Indian journal of veterinary science and animal husbandry - Volumes 15-17, 1948-1951
Year: 1948
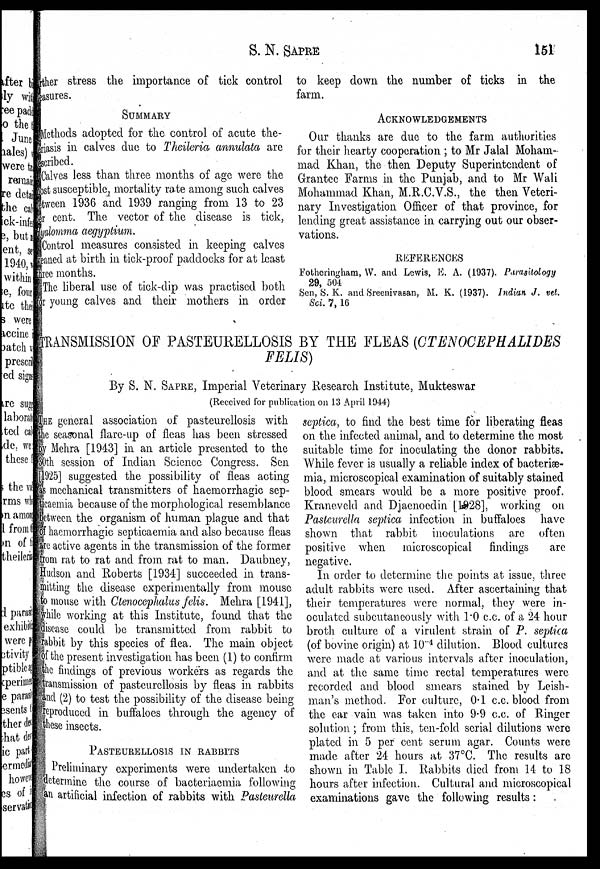
S. N.
SAPRE
l5l
Further stress the importance of tick control
measures.
SUMMARY
Methods adopted for the control of acute the-
eriasis in calves due to Theileria annulata are
described.
Calves less than three months of age were the
most susceptible, mortality rate among such calves
between 1936 and 1939 ranging from 13 to 23
per cent. The vector of the disease is tick,
Hyalomma aegyptium.
Control measures consisted in keeping calves
weaned at birth in tick-proof paddocks for at least
three months.
The liberal use of tick-dip was practised both
for young calves and their mothers in order
to keep down the number of ticks in the
farm.
ACKNOWLEDGEMENTS
Our thanks are due to the farm authorities
for their hearty cooperation; to Mr Jalal Moham-
mad Khan, the then Deputy Superintendent of
Grantee Farms in the Punjab, and to Mr Wali
Mohammad Khan, M.R.C.V.S., the then Veteri-
nary Investigation Officer of that province, for
lending great assistance in carrying out our obser-
vations.
REFERENCES
Fotheringham, W. and Lewis, E. A. (1937). Parasitology
29, 504
Sen, S. K. and Sreenivasan, M. K. (1937). Indian J. vet.
Sci. 7, 16
TRANSMISSION OF PASTEURELLOSIS BY THE FLEAS (CTENOCEPHALIDES
FELIS)
By S. N. SAPRE, Imperial Veterinary Research Institute, Mukteswar
(Received for publication on 13 April 1944)
THE general association of pasteurellosis with
the seasonal flare-up of fleas has been stressed
by Mehra [1943] in an article presented to the
30th session of Indian Science Congress. Sen
[1925] suggested the possibility of fleas acting
as mechanical transmitters of haemorrhagic sep-
ticaemia because of the morphological resemblance
between the organism of human plague and that
of haemorrhagic septicaemia and also because fleas
are active agents in the transmission of the former
from rat to rat and from rat to man. Daubney,
Hudson and Roberts [1934] succeeded in trans-
-itting the disease experimentally from mouse
to mouse with Ctenocephalus felis. Mehra [1941],
while working at this Institute, found that the
disease could be transmitted from rabbit to
rabbit by this species of flea. The main object
of the present investigation has been (1) to confirm
the findings of previous workers as regards the
transmission of pasteurellosis by fleas in rabbits
and (2) to test the possibility of the disease being
reproduced in buffaloes through the agency of
these insects.
PASTEURELLOSIS IN RABBITS
Preliminary experiments were undertaken to
determine the course of bacteriaemia following
an artificial infection of rabbits with Pasteurella
septica, to find the best time for liberating fleas
on the infected animal, and to determine the most
suitable time for inoculating the donor rabbits.
While fever is usually a reliable index of bacteriæ-
mia, microscopical examination of suitably stained
blood smears would be a more positive proof.
Kraneveld and Djaenoedin [1928], working on
Pasteurella septica infection in buffaloes have
shown that rabbit inoculations arc often
positive when microscopical findings are
negative.
In order to determine the points at issue, three
adult rabbits were used. After ascertaining that
their temperatures were normal, they were in-
oculated subcutancously with 1.0 c.c. of a 24 hour
broth culture of a virulent strain of P. septica
(of bovine origin) at 10 -4 dilution. Blood cultures
were made at various intervals after inoculation,
and at the same time rectal temperatures were
recorded and blood smears stained by Leish-
man's method. For culture, 0.1 c.c. blood from
the ear vain was taken into 9.9 c.c. of Ringer
solution; from this, ten-fold serial dilutions were
plated in 5 per cent serum agar. Counts were
made after 24 hours at 37ºC. The results are
shown in Table I. Rabbits died from 14 to 18
hours after infection. Cultural and microscopical
examinations gave the following results: